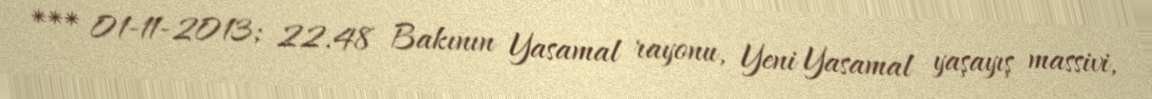
*** 01-11-2013; 22.48 Bakının Yasamal rayonu, Yeni Yasamal yaşayış massivi,